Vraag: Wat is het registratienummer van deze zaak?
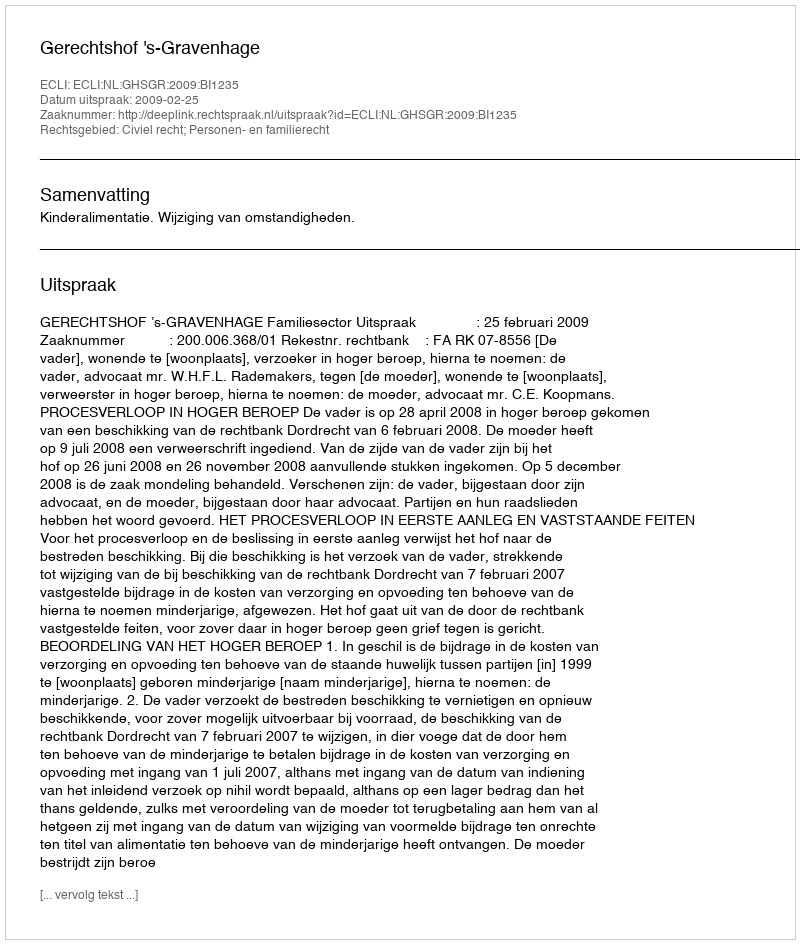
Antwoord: http://deeplink.rechtspraak.nl/uitspraak?id=ECLI:NL:GHSGR:2009:BI1235